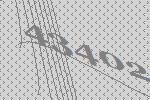
43402